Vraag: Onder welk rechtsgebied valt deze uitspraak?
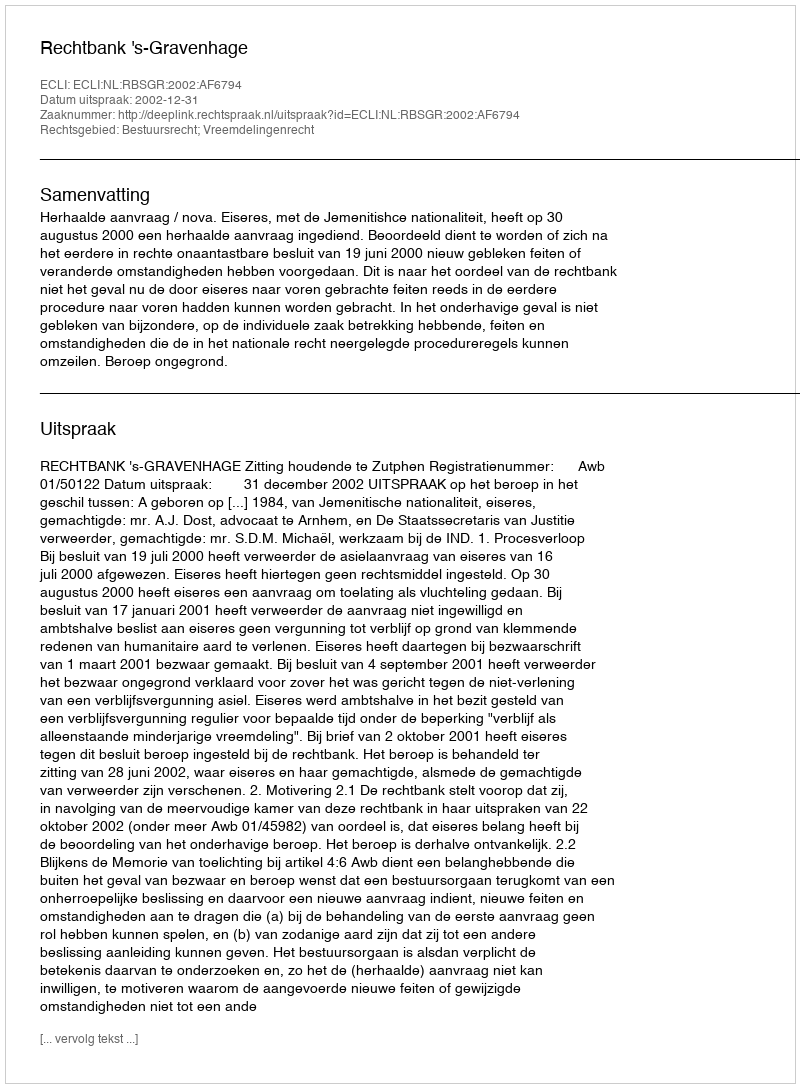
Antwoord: Bestuursrecht; Vreemdelingenrecht